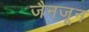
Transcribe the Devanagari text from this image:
जैनजून